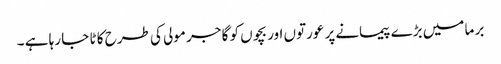
بر ما میں بڑے پیمانے پر عورتوں اور بچوں کو گا جر مولی کی طرح کا ٹا جا رہا ہے ۔